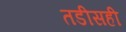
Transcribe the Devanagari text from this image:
तडीसही